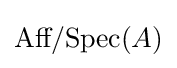
{\text{Aff}}/{\text{Spec}}(A)